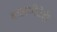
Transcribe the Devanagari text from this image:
बालगीतेही